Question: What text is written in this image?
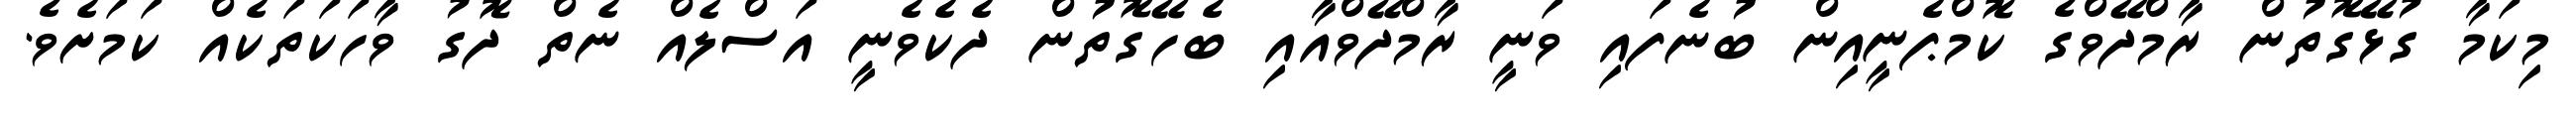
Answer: މިކަމާ ގުޅޭގޮތުން ރާމްދޭވްގެ ކޮމްޕެނީއިން ބުނެފައި ވަނީ ރާމްދޭވްއާއި ބެހޭގޮތުން ދެކެވެނީ އަސްލެއް ނެތް ދޮގު ވާހަކަތަކެއް ކަމަށެވެ.